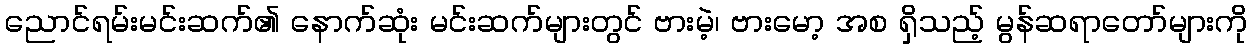
ညောင်ရမ်းမင်းဆက်၏ နောက်ဆုံး မင်းဆက်များတွင် ဗားမဲ့၊ ဗားမော့ အစ ရှိသည့် မွန်ဆရာတော်များကို